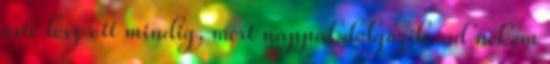
este lesz ott mindig, mert nappal dolgozik. ad nekem